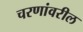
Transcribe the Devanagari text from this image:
चरणांवरील